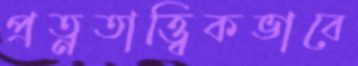
প্রত্নতাত্ত্বিকভাবে